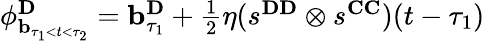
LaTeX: \begin{array}{r}{\mathbf{\phi}_{\mathbf{b}_{\tau_{1}<t<\tau_{2}}}^{\mathbf{D}}=\mathbf{b}_{\tau_{1}}^{\mathbf{D}}+\frac{1}{2}\eta(s^{\mathbf{DD}}\otimes s^{\mathbf{CC}})(t-\tau_{1})}\end{array}